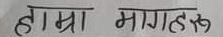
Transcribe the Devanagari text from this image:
हाम्रा मागहरू